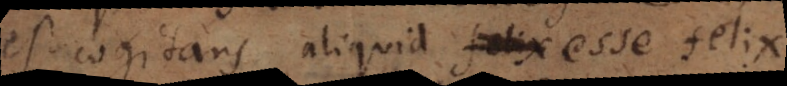
est cogitans aliquid esse felix.